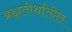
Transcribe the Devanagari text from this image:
ब्रह्मतीर्थातील